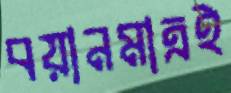
বয়ানমাত্রই